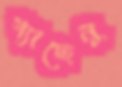
গ্যাছেনু